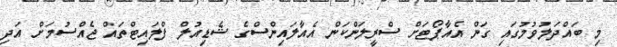
މި ބައްދަލުވުމުގައި ގަން އެއާޕޯޓަށް ސްރީލަންކަން އެއާލައިންސްގެ ޝެޑިއުލް ފްލައިޓްތައް ޖެއްސުމަށް އަދި